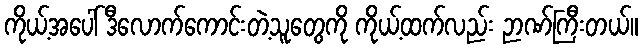
ကိုယ့်အပေါ် ဒီလောက်ကောင်းတဲ့သူတွေကို ကိုယ့်ထက်လည်း ဉာဏ်ကြီးတယ်။